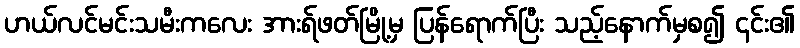
ဟယ်လင်မင်းသမီးကလေး အားရ်ဖတ်မြို့မှ ပြန်ရောက်ပြီး သည့်နောက်မှစ၍ ၎င်း၏